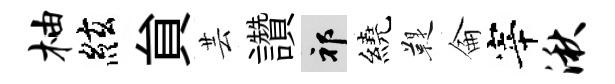
柚絃貟芸讚祁繞鞮侖宰湫